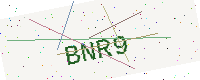
Text: BNR9